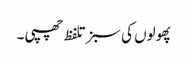
پھولوں کی سبز تلفظ چھپی ۔